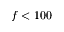
f < 1 0 0